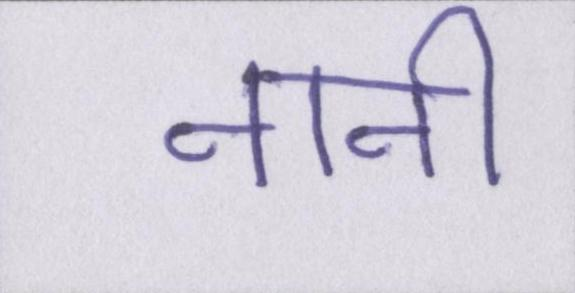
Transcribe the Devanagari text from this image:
नानी